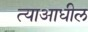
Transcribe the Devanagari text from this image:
त्याआधील